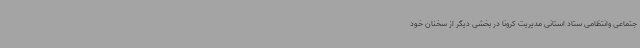
جتماعی وانتظامی ستاد استانی مدیریت کرونا در بخشی دیگر از سخنان خود